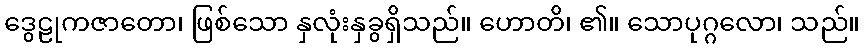
ဒွေဠုကဇာတော၊ ဖြစ်သော နှလုံးနှခွရှိသည်။ ဟောတိ၊ ၏။ သောပုဂ္ဂလော၊ သည်။